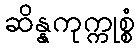
ဆိန္နကုက္ကုစ္စံ